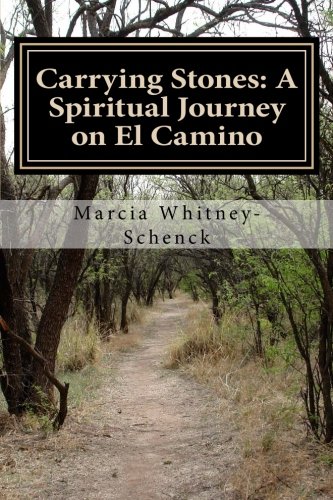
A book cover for Carrying Stones: A Spiritual Journey on El Camino; Marcia Whitney-Schenck; Travel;